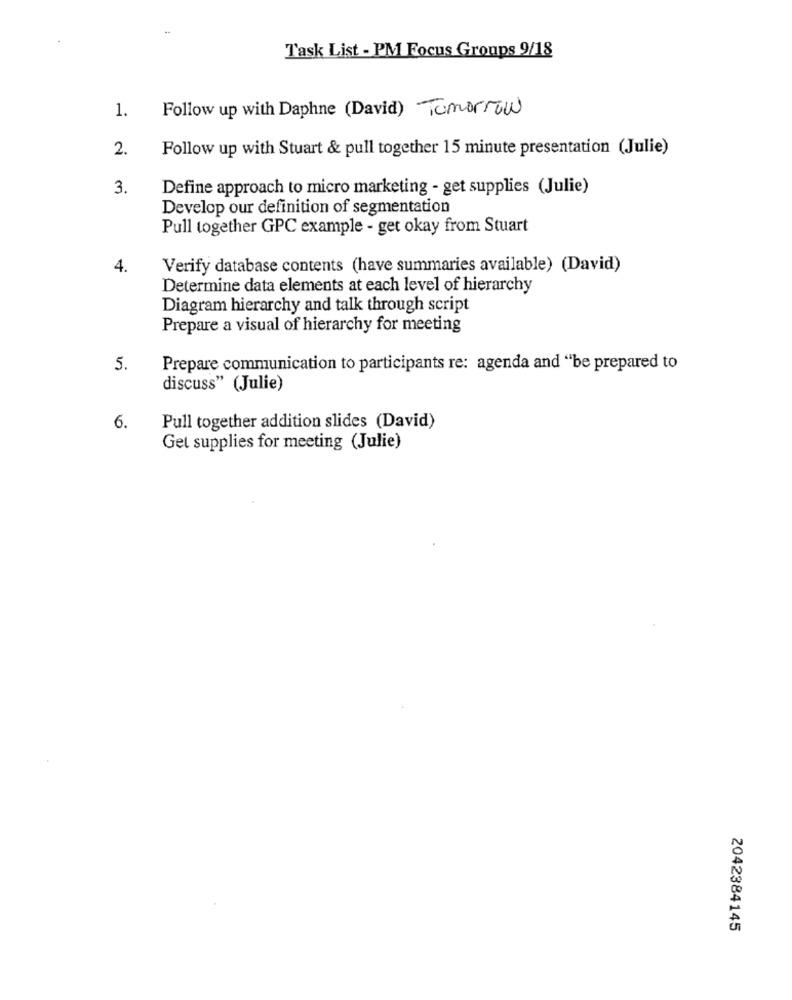
Task List - PM Focus Groups 9/18
1.
Follow up with Daphne (David) Tomorrow
2.
Follow up with Stuart & pull together 15 minute presentation (Julie)
3.
Define approach to micro marketing - get supplies (Julie)
Develop our definition of segmentation
Pull together GPC example - get okay from Stuart
4.
Verify database contents (have summaries available) (David)
Determine data elements at each level of hierarchy
Diagram hierarchy and talk through script
Prepare a visual of hierarchy for meeting
5.
Prepare communication to participants re: agenda and "be prepared to
discuss" (Julie)
6.
Pull together addition slides (David)
Gel supplies for meeting (Julie)
2042384145